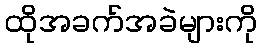
ထိုအခက်အခဲများကို